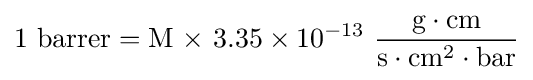
{\rm {{1}\ barrer={M\ \times }\ {3.35\times 10^{-13}}\ {\frac {g\cdot cm}{s\cdot cm^{2}\cdot bar}}}}